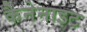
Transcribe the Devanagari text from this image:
कैनेनाइट